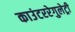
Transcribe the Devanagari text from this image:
काउंटररेगुलेट्री